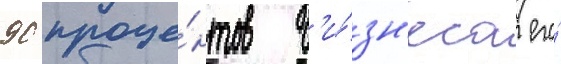
90 проце́нтов б'и́зн'еса его́